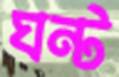
ঘন্ট